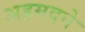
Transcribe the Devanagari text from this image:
अहमदने